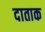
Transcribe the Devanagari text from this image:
दाताक